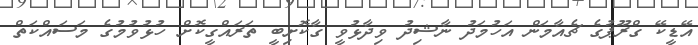
އޭޑީކޭ ގްރޫޕުގެ ޗެއާމަން އަހުމަދު ނާޝިދު ވިދާޅުވީ ގާކޮށިބީ ތަރައްގީކޮށް ހުޅުވުމުގެ މަސައްކަތް